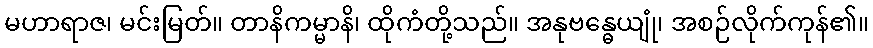
မဟာရာဇ၊ မင်းမြတ်။ တာနိကမ္မာနိ၊ ထိုကံတို့သည်။ အနုဗန္ဓေယျုံ၊ အစဉ်လိုက်ကုန်၏။